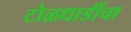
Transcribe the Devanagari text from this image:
टोळधाडींचा